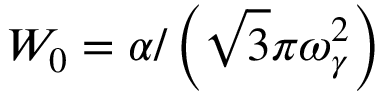
W _ { 0 } = \alpha / \left( \sqrt { 3 } \pi \omega _ { \gamma } ^ { 2 } \right)